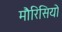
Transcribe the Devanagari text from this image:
मौरिसियो